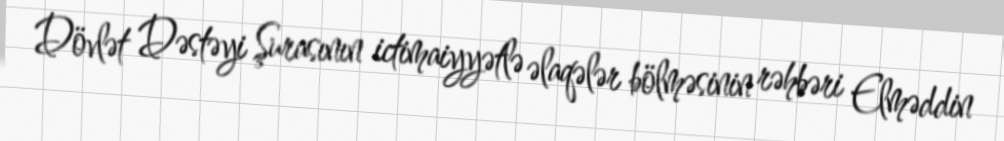
Dövlət Dəstəyi Şurasının ictimaiyyətlə əlaqələr bölməsinin rəhbəri Elməddin